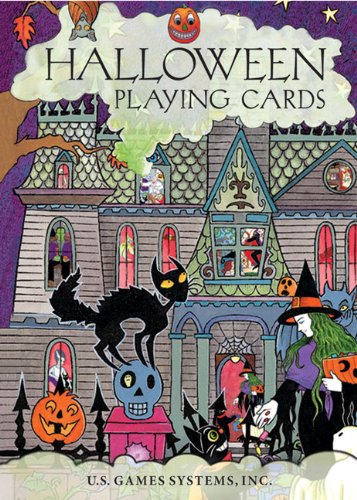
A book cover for Halloween Playing Cards; U.S. Games Systems; Humor & Entertainment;